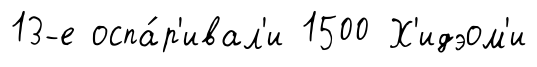
13-е оспа́р'ивал'и 1500 Х'идэом'и